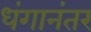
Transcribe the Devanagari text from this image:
धंगानंतर